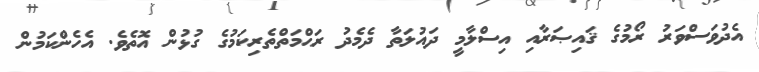
އެދުވަސްވަރު ރޯމުގެ ޤައިޞަރާއި އިސްލާމީ ދައުލަތާ ދެމެދު ރަޙްމަތްތެރިކަމުގެ ގުޅުން އޮތެވެ. އެހެންކަމުން